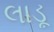
લાડૂ